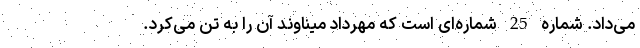
می‌داد. شماره 25 شماره‌ای است که مهرداد میناوند آن را به تن می‌کرد.